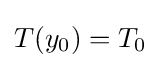
T(y_{0})=T_{0}